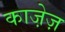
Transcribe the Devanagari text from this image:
काजे़ज़